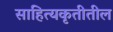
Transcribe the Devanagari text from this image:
साहित्यकृतीतील